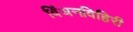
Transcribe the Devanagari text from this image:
विंधनविहिरी